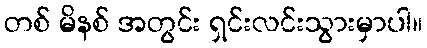
တစ် မိနစ် အတွင်း ရှင်းလင်းသွားမှာပါ။